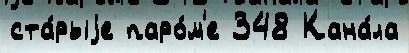
ста́рыjе паро́м'е 348 Кана́ла